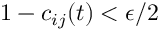
1 - c _ { i j } ( t ) < \epsilon / 2